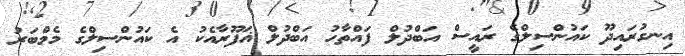
އިނގުރައިދޫ ކައުންސިލްގެ ރައީސް އަބްދުލް ފައްތާހު އަބްދުލް ޣަފޫރާއެކު އެ ކައުންސިލްގެ މެމްބަރު